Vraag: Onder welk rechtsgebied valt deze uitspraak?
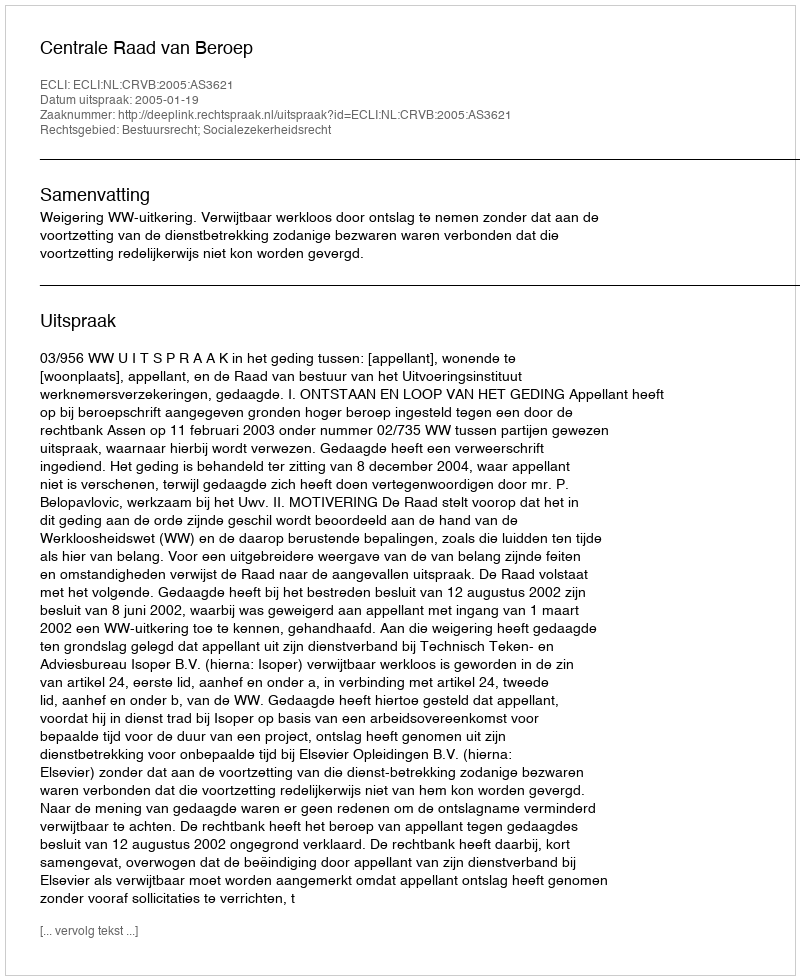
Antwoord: Bestuursrecht; Socialezekerheidsrecht